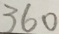
3 6 0